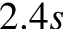
2 . 4 s